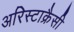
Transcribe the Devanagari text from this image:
अरिस्टाक्रैसी